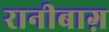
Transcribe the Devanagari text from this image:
रानीबाग़